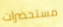
مستحضرات